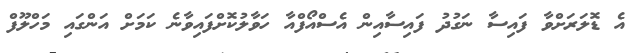
އެ ޑޮލަރަށްވާ ފައިސާ ނަގުދު ފައިސާއިން އެސްއޯފްއާ ހަވާލުކޮށްފައިވާނެ ކަމަށް އަންގައި މަހްލޫފް